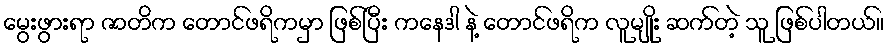
မွေးဖွားရာ ဇာတိက တောင်ဖရိကမှာ ဖြစ်ပြီး ကနေဒါ နဲ့ တောင်ဖရိက လူမျိုး ဆက်တဲ့ သူ ဖြစ်ပါတယ်။